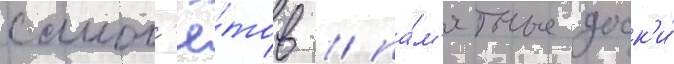
самол'ё́тов / па́м'ятные доск'и́